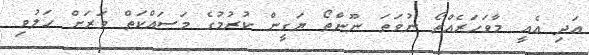
އަދި އެއީ މާވަހަރެއްތޯ ނުވަތަ ނޫންތޯ ޔަގީން ކުރުމުގެ މަސައްކަތް ވަރަށް ހަލުވި